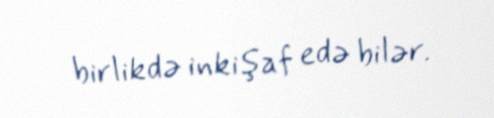
birlikdə inkişaf edə bilər.